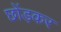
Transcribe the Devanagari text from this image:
छोंड़कर